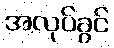
အလုပ်ခွင်